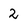
Character: 2